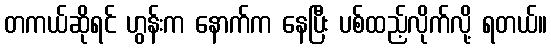
တကယ်ဆိုရင် ဟွန်းက နောက်က နေပြီး ပစ်ထည့်လိုက်လို့ ရတယ်။